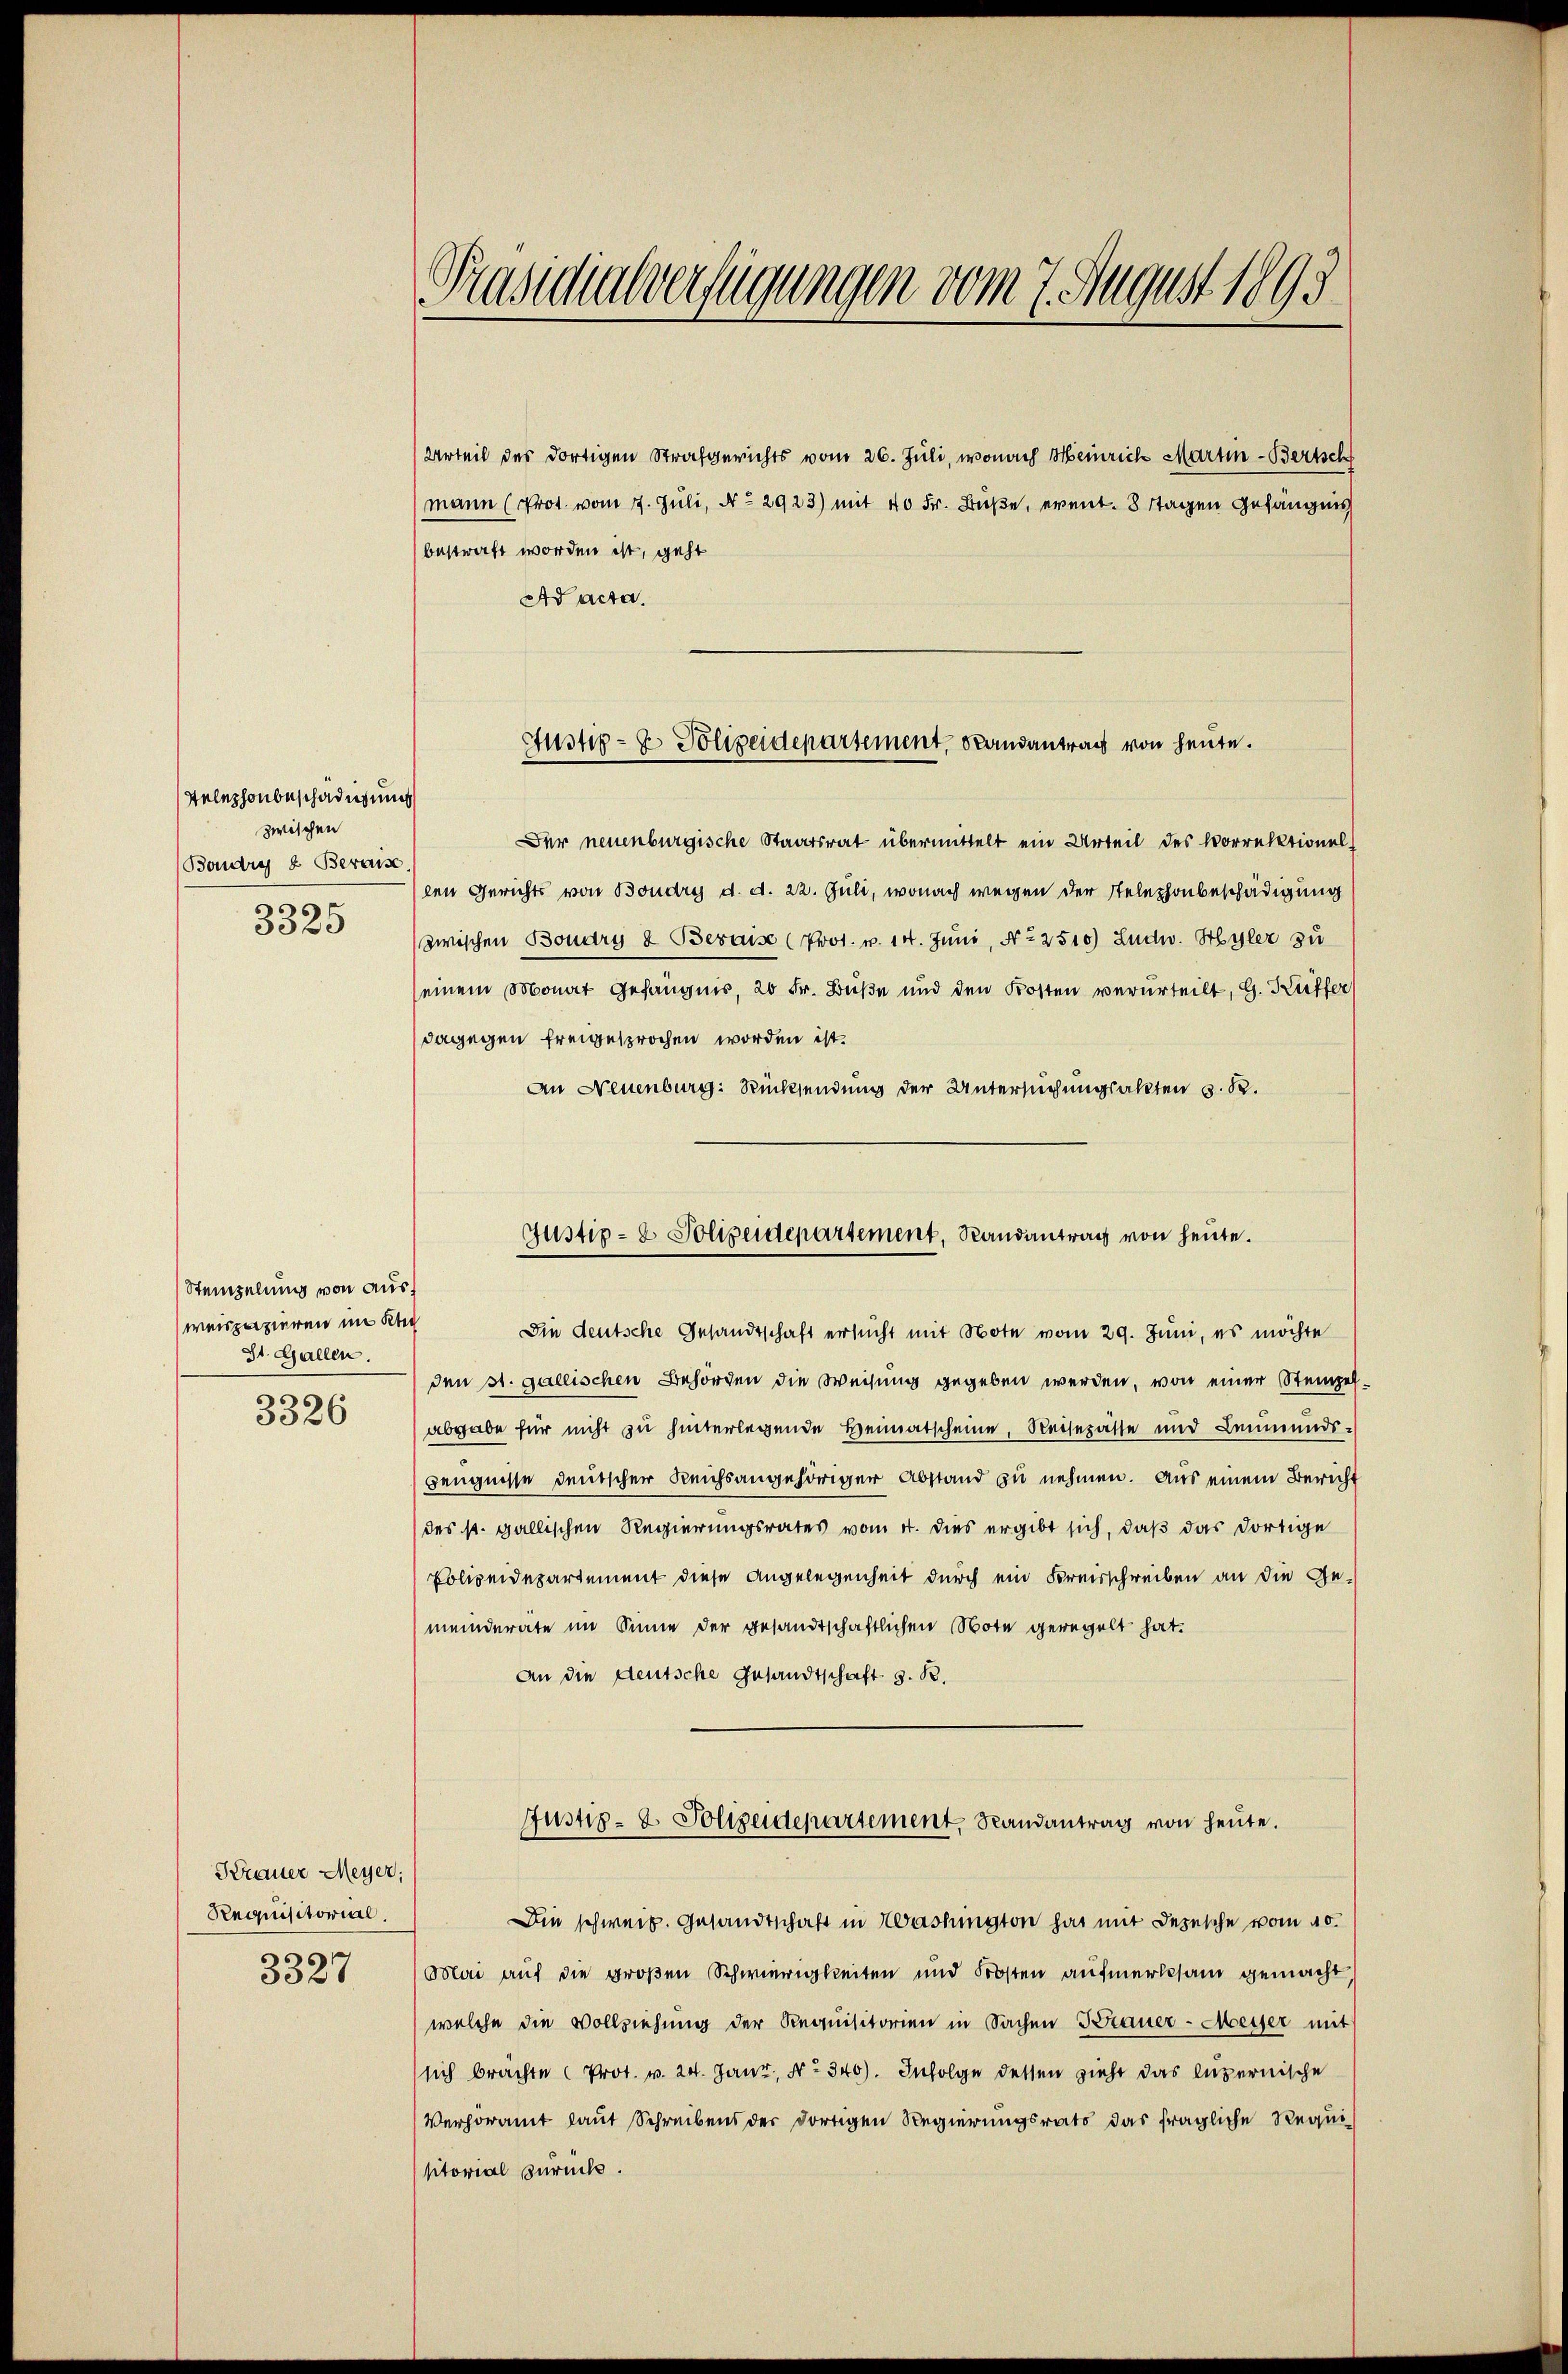
Telephonbeschädigung
zwischen
Boudry & Beraus
s
3000

Steinzelung von ausweispazieren im Klei
St. Gallen.

3326

Krauer Meyer;
Requisitorial

3327

Präsidialverfügungen vom 7. August 1895

Urteil des dortigen Strafgerichts vom 26. Juli, wonach Meinrich Martin - Bertsch
mann (Prot. vom 7. Juli, No 2923) mit 40 Fr. Buße, event. 8 tagen Gefängnis
bestraft worden ist, geht
Ad acta.
Der neuenburgische Staatsrat übermittelt ein Urteil des Vorrektionel
len Gerichts von Boudry d. d. 22. Juli, wonach wegen der Telephonbeschädigung
zwischen Boudry & Beraise (Prot. v. 14. Juni, No 2510) Ludw. Hyler zu
seinem Monat Gefängnis, 20 Fr. Buße und den Kosten verurteilt, G. Küffer
dagegen freigesprochen worden ist.
An Neuenburg: Rücksendung der Untersuchungsakten §. 8.
Gustiz- & Polizeidepartement, Randantrag von heute.

Austiz- & Polizeidepartement, Randantrag von heute.

Sin deutsche Gesandtschaft ersŭcht mit Note vom 29. Juni, es möchte
den st. gallischen Behörden die Weisung gegeben werden, von einer Stempelabgabe für nicht zu hinterlegende Heimatscheine, Reisepässe und Leumunds-
Zeugnisse deutscher Reichsangehöriger Abstand zu nehmen. Aus einem Bericht
(des st. gallischen Regierungsrates vom 4. dies ergibt sich, daß das dortige
Polizeidepartement diese Angelegenheit durch ein Freisschreiben an die Gemeinderate im Sinne der gesandtschaftlichen Note geregelt hat.
An die deutsche Gesandtschaft z. B.
Justiz- & Polizeidepartement, Randantrag von heute.
Die schweiz. Gesandtschaft in Washington hat mit Depesche vom 20.
Mai auf die großen Schwierigkeiten und Frosten aufmerksam gemacht
welche die Vollziehung der Requisitorien in Sachen Grauer-Meyer mit
sich brachte Prot. v. 24. Janr, No 340). Infolge dessen zieht das luzernische
Verhöramt laut Schreibens der dortigen Regierungsrats das fragliche Requisitorial zurück.